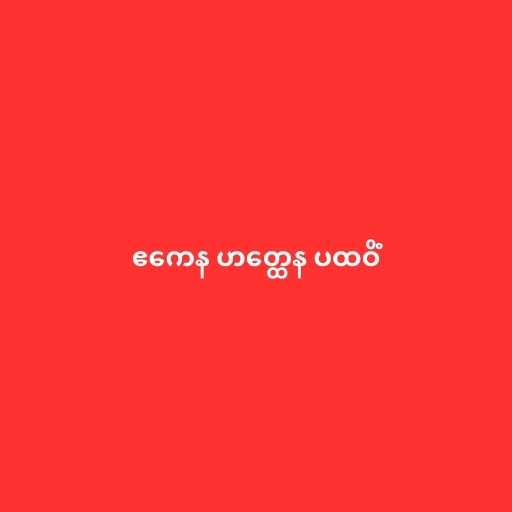
ဧကေန ဟတ္ထေန ပထဝိံ